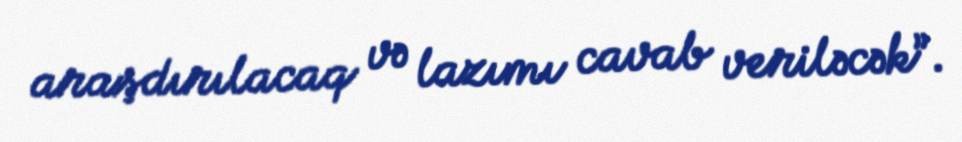
araşdırılacaq və lazımı cavab veriləcək”.